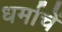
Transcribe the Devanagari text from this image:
धर्माचें